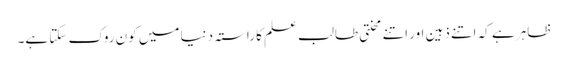
ظاہر ہے کہ اتنے ذہین اور اتنے محنتی طالب علم کا راستہ دنیا میں کون روک سکتا ہے۔